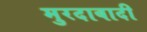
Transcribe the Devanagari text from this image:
मुरदाबादी